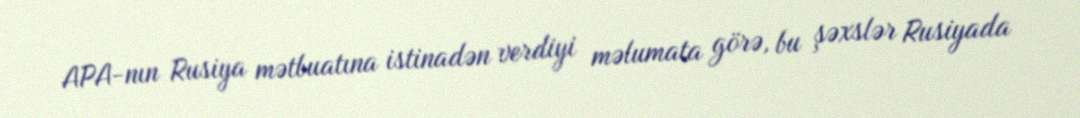
APA-nın Rusiya mətbuatına istinadən verdiyi məlumata görə, bu şəxslər Rusiyada